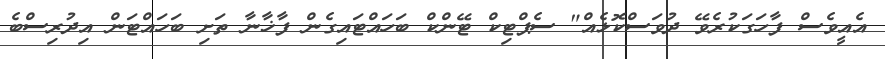
އެއީވެސް ފާހަގަކުރެވޭ ދުވަސްކޮޅެއް" ސެޕްޓިކް ޓޭންކް ބަހައްޓައިގެން ފާޚާނާ ތަށި ބަހައްޓަން އިދުރިސްބެ